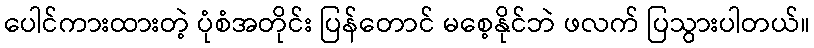
ပေါင်ကားထားတဲ့ ပုံစံအတိုင်း ပြန်တောင် မစေ့နိုင်ဘဲ ဖလက် ပြသွားပါတယ်။